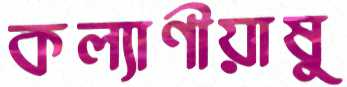
কল্যাণীয়াষু